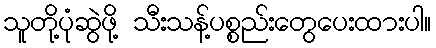
သူတို့ပုံဆွဲဖို့ သီးသန့်ပစ္စည်းတွေပေးထားပါ။